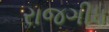
રાજગીધ